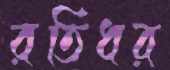
রতিধর